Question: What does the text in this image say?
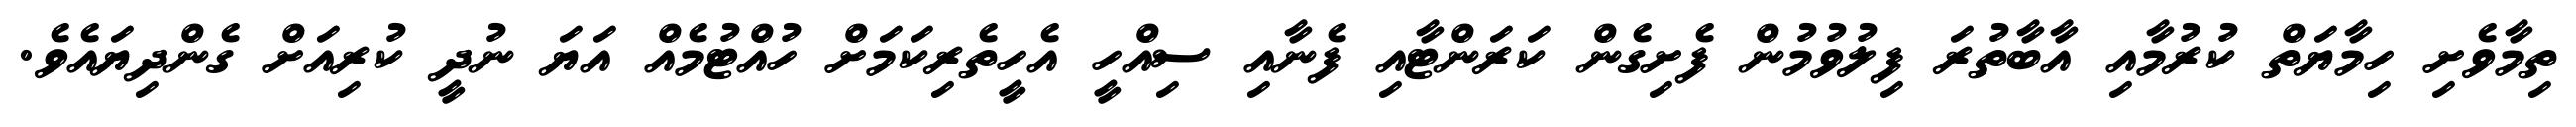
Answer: ތިމާވެށި ހިމާޔަތް ކުރުމާއި އާބާތުރަ ފިލުވުމުން ފެށިގެން ކަރަންޓާއި ފެނާއި ސިއްހީ އެހީތެރިކަމަށް ހުއްޓުމެއް އަޔަ ނުދީ ކުރިއަށް ގެންދިޔައެވެ.